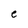
Character: e